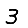
Digit: 3